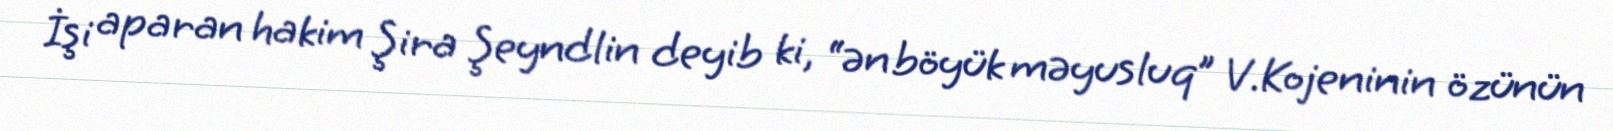
İşi aparan hakim Şira Şeyndlin deyib ki, “ən böyük məyusluq” V.Kojeninin özünün